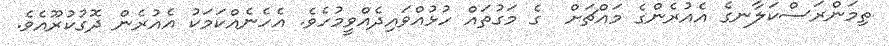
ތިމަންރަސްކަލާނގެ އެއުރެންގެ މައްޗަށް  ގެ މަގުތައް ހުޅުއްވައިދެއްވީމުހެވެ. އެހެނެއްކަމަކު އެއުރެން ދޮގުކުރޫއެވެ.